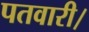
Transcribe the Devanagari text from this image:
पतवारी।